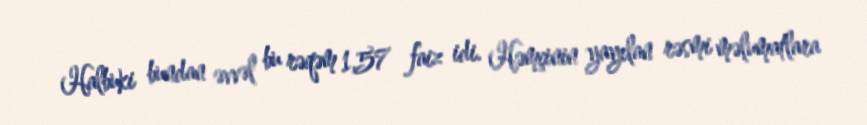
Halbuki bundan əvvəl bu rəqəm 1,57 faiz idi. Həmçinin yayılan rəsmi məlumatlara